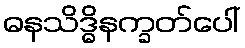
ဓနသိဒ္ဓိနက္ခတ်ပေါ်